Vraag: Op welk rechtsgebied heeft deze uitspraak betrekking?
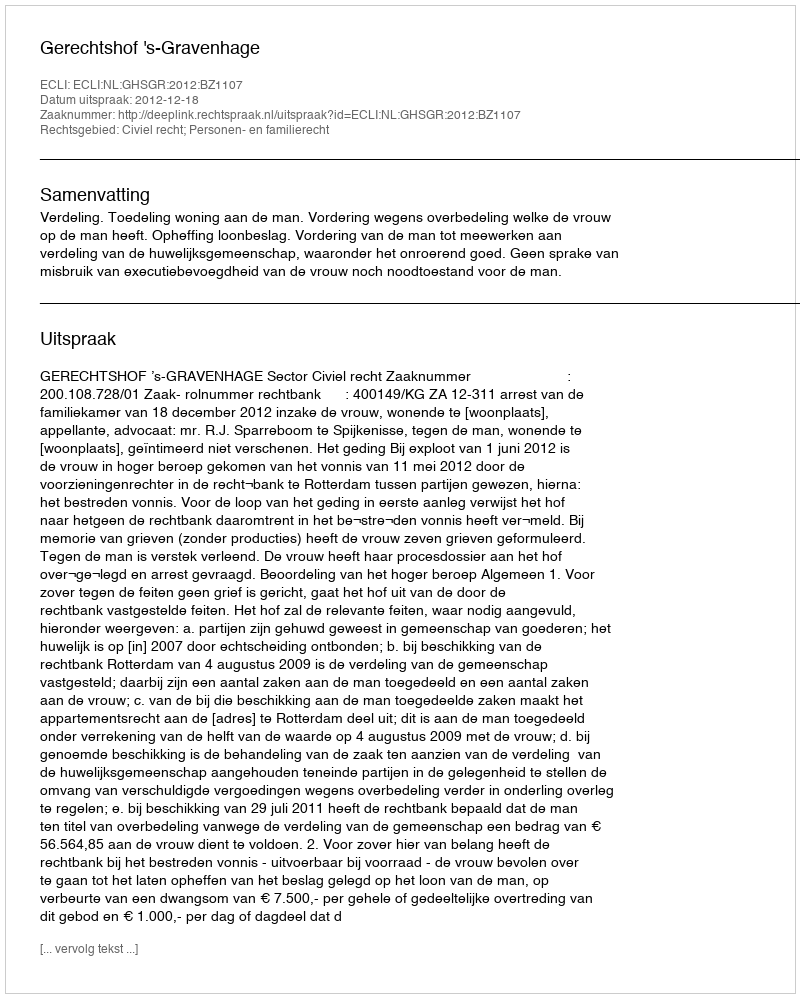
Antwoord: Civiel recht; Personen- en familierecht